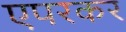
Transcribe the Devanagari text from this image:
एपरकर